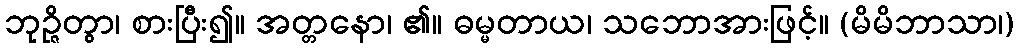
ဘုဉ္ဇိတွာ၊ စားပြီး၍။ အတ္တနော၊ ၏။ ဓမ္မတာယ၊ သဘောအားဖြင့်။ (မိမိဘာသာ၊)